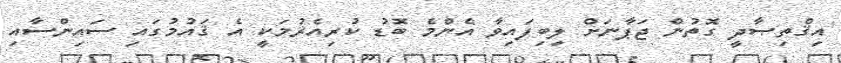
އިޤްތިޞާދީ ގޮތުން ޖަޕާނަށް ލިބިފައިވާ އެންމެ ބޮޑު ކުރިއެރުމަކީ އެ ޤައުމުގައި ސައިންސާއި